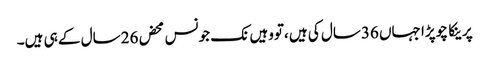
پرینکا چوپڑا جہاں 36سال کی ہیں ،تووہیں نک جونس محض 26سال کے ہی ہیں۔